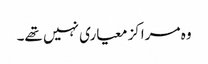
وہ مراکز معیاری نہیں تھے۔